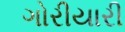
ગોરીયારી